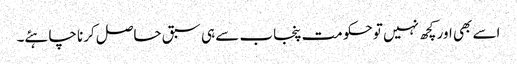
اسے بھی اور کچھ نہیں تو حکومت پنجاب سے ہی سبق حاصل کرنا چاہئے۔